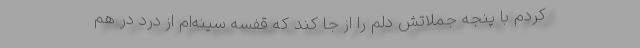
کردم با پنجه جملاتش دلم را از جا کَند که قفسه سینه‌ام از درد در هم